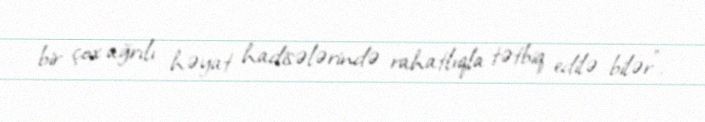
bir çox ağrılı həyat hadisələrində rahatlıqla tətbiq edilə bilər”.